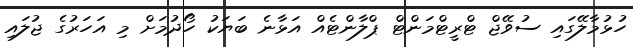
ހުޅުމާލޭގައި ސުވޭޖް ޓްރީޓްމަންޓް ޕްލާންޓެއް އަޅާނެ ބަޔަކު ހޯދުމަށް މި އަހަރުގެ ޖުލައި